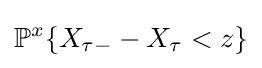
\mathbb {P} ^{x}\{X_{\tau -}-X_{\tau }<z\}